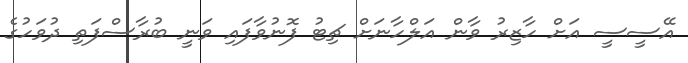
އޭސީސީ އަށް ހާޒިރު ވާން އަލްހާނަށް ޗިޓު ފޮނުވާފައި ވަނީ ބުރާސްފަތި ދުވަހުގެ